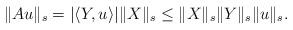
LaTeX: \begin{align*}\|Au\|_s&=|\langle Y,u\rangle| \|X\|_s\leq \|X\|_s\|Y\|_s\|u\|_s .\end{align*}